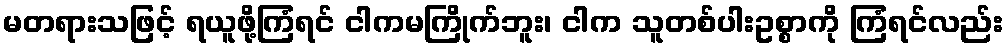
မတရားသဖြင့် ရယူဖို့ကြံရင် ငါကမကြိုက်ဘူး၊ ငါက သူတစ်ပါးဥစ္စာကို ကြံရင်လည်း